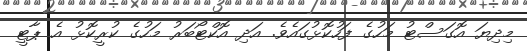
މިދިޔަ އޮގަސްޓު މަހުގެ ފަހުކޮޅުގައެވެ. އަދި އޮކްޓޯބަރު މަހުގެ ކުރީކޮޅު އެ ޕާޓީ